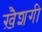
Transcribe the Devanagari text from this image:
ख़ैशगी